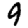
Digit: 9